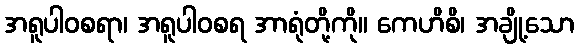
အရူပါဝစရာ၊ အရူပါဝစရ အာရုံတို့ကို။ ကေဟိစိ၊ အချို့သော